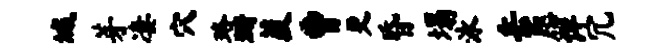
城芽凄穴珞珊葭曹更昏塌泳岳愿详冗